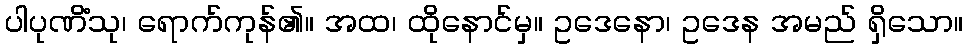
ပါပုဏိံသု၊ ရောက်ကုန်၏။ အထ၊ ထိုနောင်မှ။ ဥဒေနော၊ ဥဒေန အမည် ရှိသော။